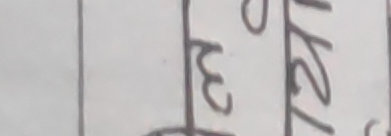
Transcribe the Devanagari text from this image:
१२ बजे